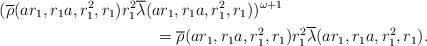
LaTeX: \begin{align*} (\overline{\rho}(ar_1,r_1a,r_1^2,r_1)& r_1^2 \overline{\lambda}(ar_1,r_1a,r_1^2,r_1))^{\omega+1}\\ &\quad\quad=\overline{\rho}(ar_1,r_1a,r_1^2,r_1) r_1^2 \overline{\lambda}(ar_1,r_1a,r_1^2,r_1). \end{align*}